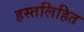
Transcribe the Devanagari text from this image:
हस्तलिहित